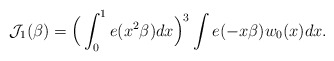
\begin{align*}\mathcal{J}_1(\beta)=\Big(\int_0^1 e(x^2\beta)dx\Big)^3\int e(-x\beta)w_0(x)dx.\end{align*}